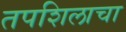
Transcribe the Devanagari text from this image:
तपशिलाचा